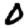
Digit: 0